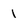
Character: 1